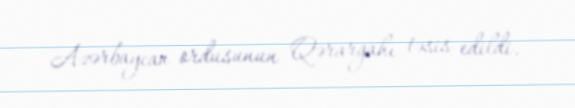
Azərbaycan ordusunun Qərargahı təsis edildi.